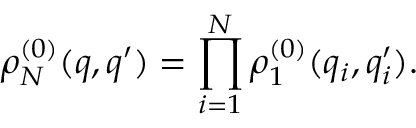
\rho _ { N } ^ { ( 0 ) } ( q , q ^ { \prime } ) = \prod _ { i = 1 } ^ { N } \rho _ { 1 } ^ { ( 0 ) } ( q _ { i } , q _ { i } ^ { \prime } ) .